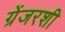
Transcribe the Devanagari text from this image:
ग्रेंजरशी